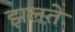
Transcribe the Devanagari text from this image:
झलते